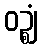
ဝဉ္ဈံ